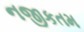
નજીકતમ